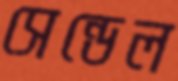
সেন্ডেল